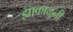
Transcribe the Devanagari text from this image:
झाकाळुनी